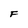
Character: F